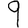
Digit: 9